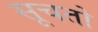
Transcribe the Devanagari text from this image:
सूचतो